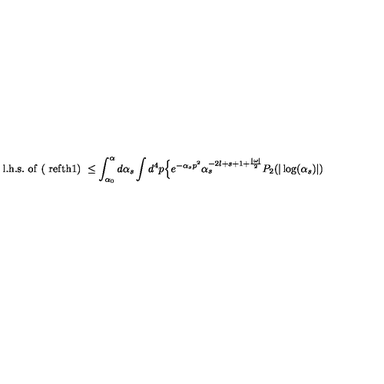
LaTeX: \mathrm { l . h . s . \ o f \ ( \ r e f { t h 1 } ) } \ \leq \int _ { \alpha _ { 0 } } ^ { \alpha } d \alpha _ { s } \int d ^ { 4 } p \Bigl \{ e ^ { - \alpha _ { s } p ^ { 2 } } \alpha _ { s } ^ { - 2 l + s + 1 + \frac { \vert \omega \vert } { 2 } } P _ { 2 } ( \vert \log ( \alpha _ { s } ) \vert )